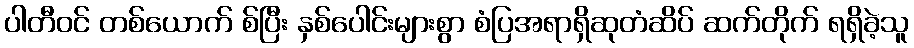
ပါတီဝင် တစ်ယောက် စ်ပြီး နှစ်ပေါင်းများစွာ စံပြအရာရှိဆုတံဆိပ် ဆက်တိုက် ရရှိခဲ့သူ